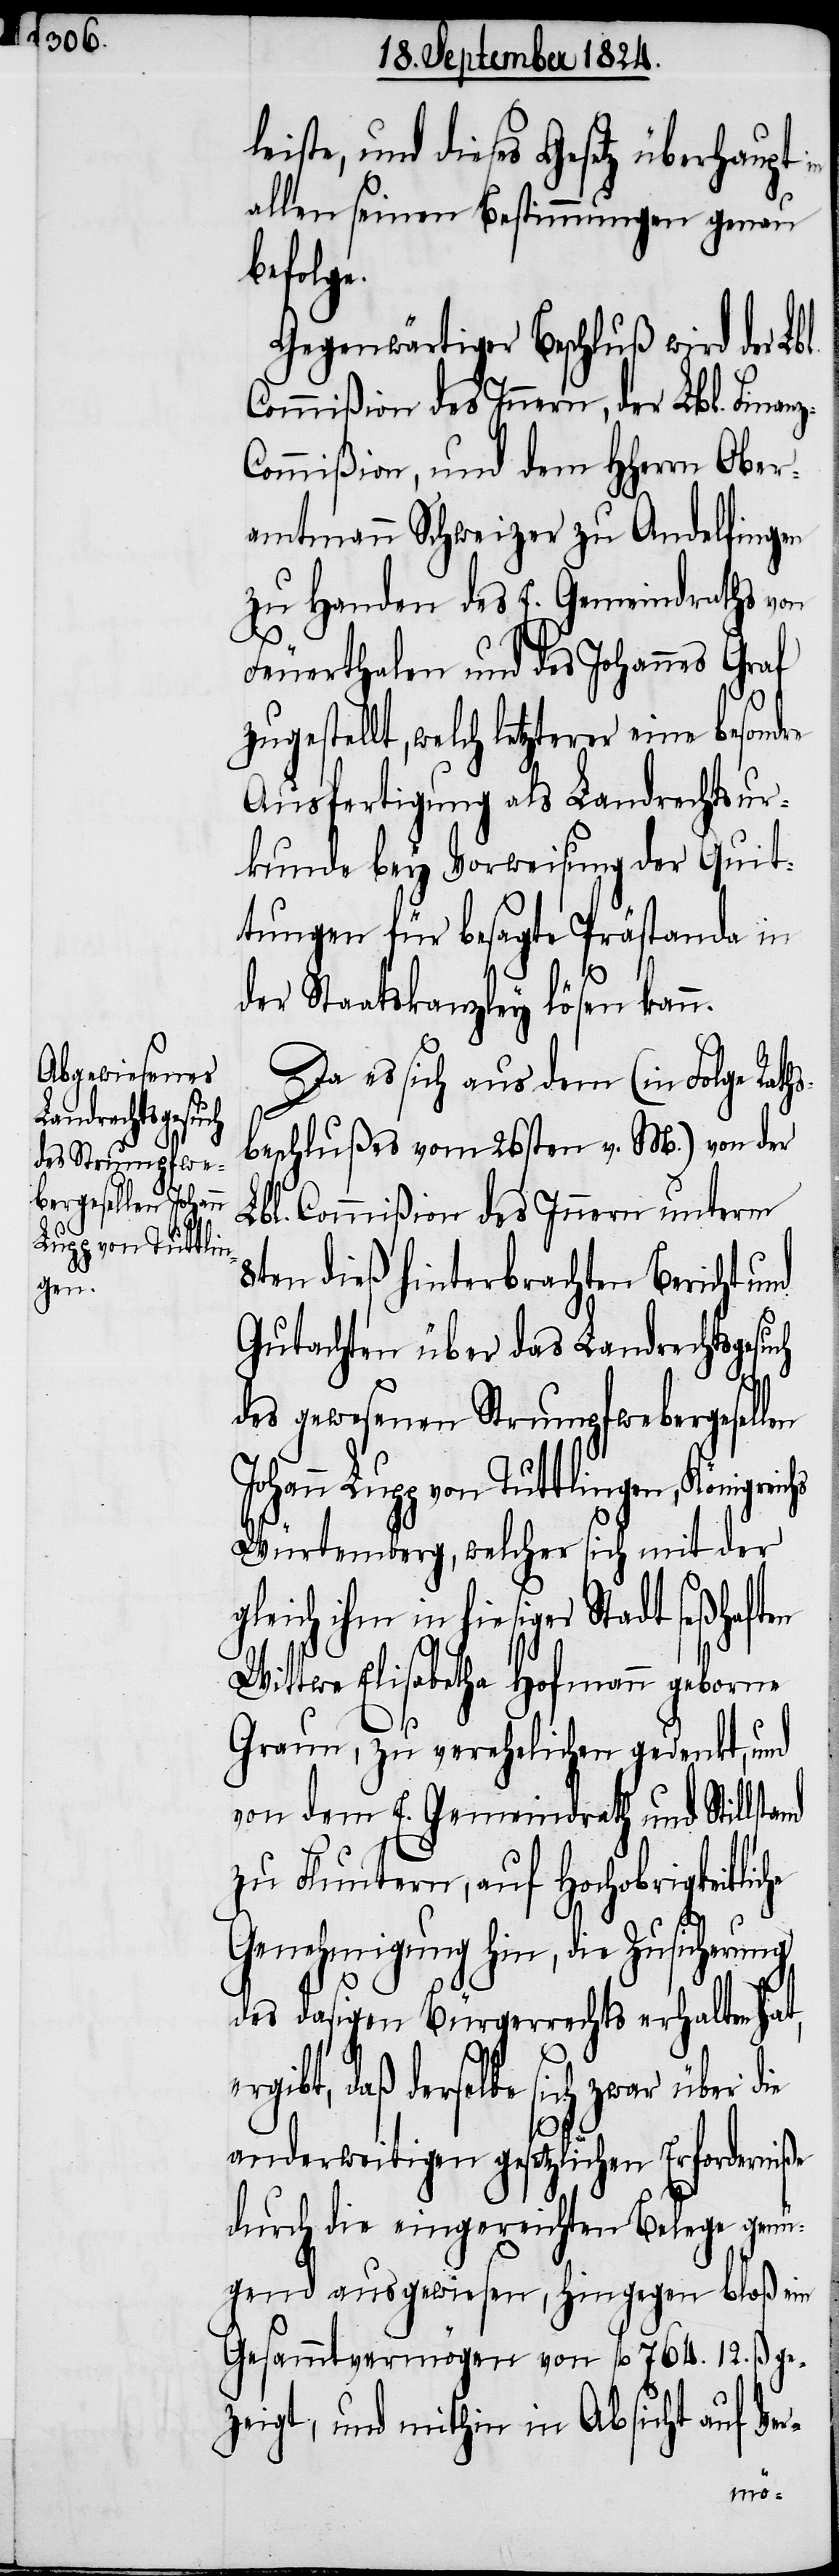
and

te, und dieses Gesetz überhaupt
allen seinen Bestimmungen genau
befolge.
Gegenwärtiger Beschluß wird der Lb¬
Commißion des Innern, der Lbl. Finan¬
ommißion, und dem HHerrn Ober¬
amtmann Schweizer zu Andelfingen
zu Handen des E. Gemeindraths von
Feuerthalen und des Johannes Graf
zugestellt, welch letzterer eine besond¬
Ausfertigung als Landrechtsur¬
kunde bey Vorweisung der Quit¬
tungen für besagte Prästande in
he
der Staatskanzley lösen kann.
Da es sich aus dem (in Folge Rath¬
beschlußes vom 26sten v. M.) von der
Lbl. Commißion des Innern unterm
8ten dieß hinterbrachten Bericht und
Gutachten über das Landrechtsgesuch
des gewesenen Strumpfwebergesel¬
Johann Lupp von Tuttlingen, Königreichs
Würtemberg, welcher sich mit der
gleich ihm in hiesiger Stadt seßhaften
Wittwe Elisabetha Hofmann geborne
Graun, zu verehelichen gedenkt, und
von dem E. Gemeindrath und Stillst¬
zu Fluntern, auf Hochobrigkeitlic¬
Genehmigung hin, die Zusicherung
des dasigen Bürgerrechts erhalten hat,
gibt, daß derselbe sich zwar über d¬
ie
anderweitigen gesetzlichen Erforderniße
durch die eingereichten Belege genü¬
gend ausgewiesen, hingegen bloß ein
Gesammtvermögen von fl 764. 12. ß. ge¬
zeigt, und mithin in Absicht auf Ve¬
r-